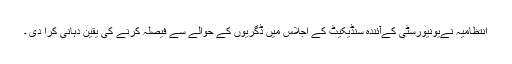
انتظامیہ نےیونیورسٹی کےآئندہ سنڈیکیٹ کے اجلاس میں ڈگریوں کے حوالے سے فیصلہ کرنے کی یقین دہانی کرا دی ۔